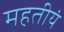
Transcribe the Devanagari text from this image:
महतीयं